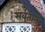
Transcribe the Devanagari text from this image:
सर्वतात